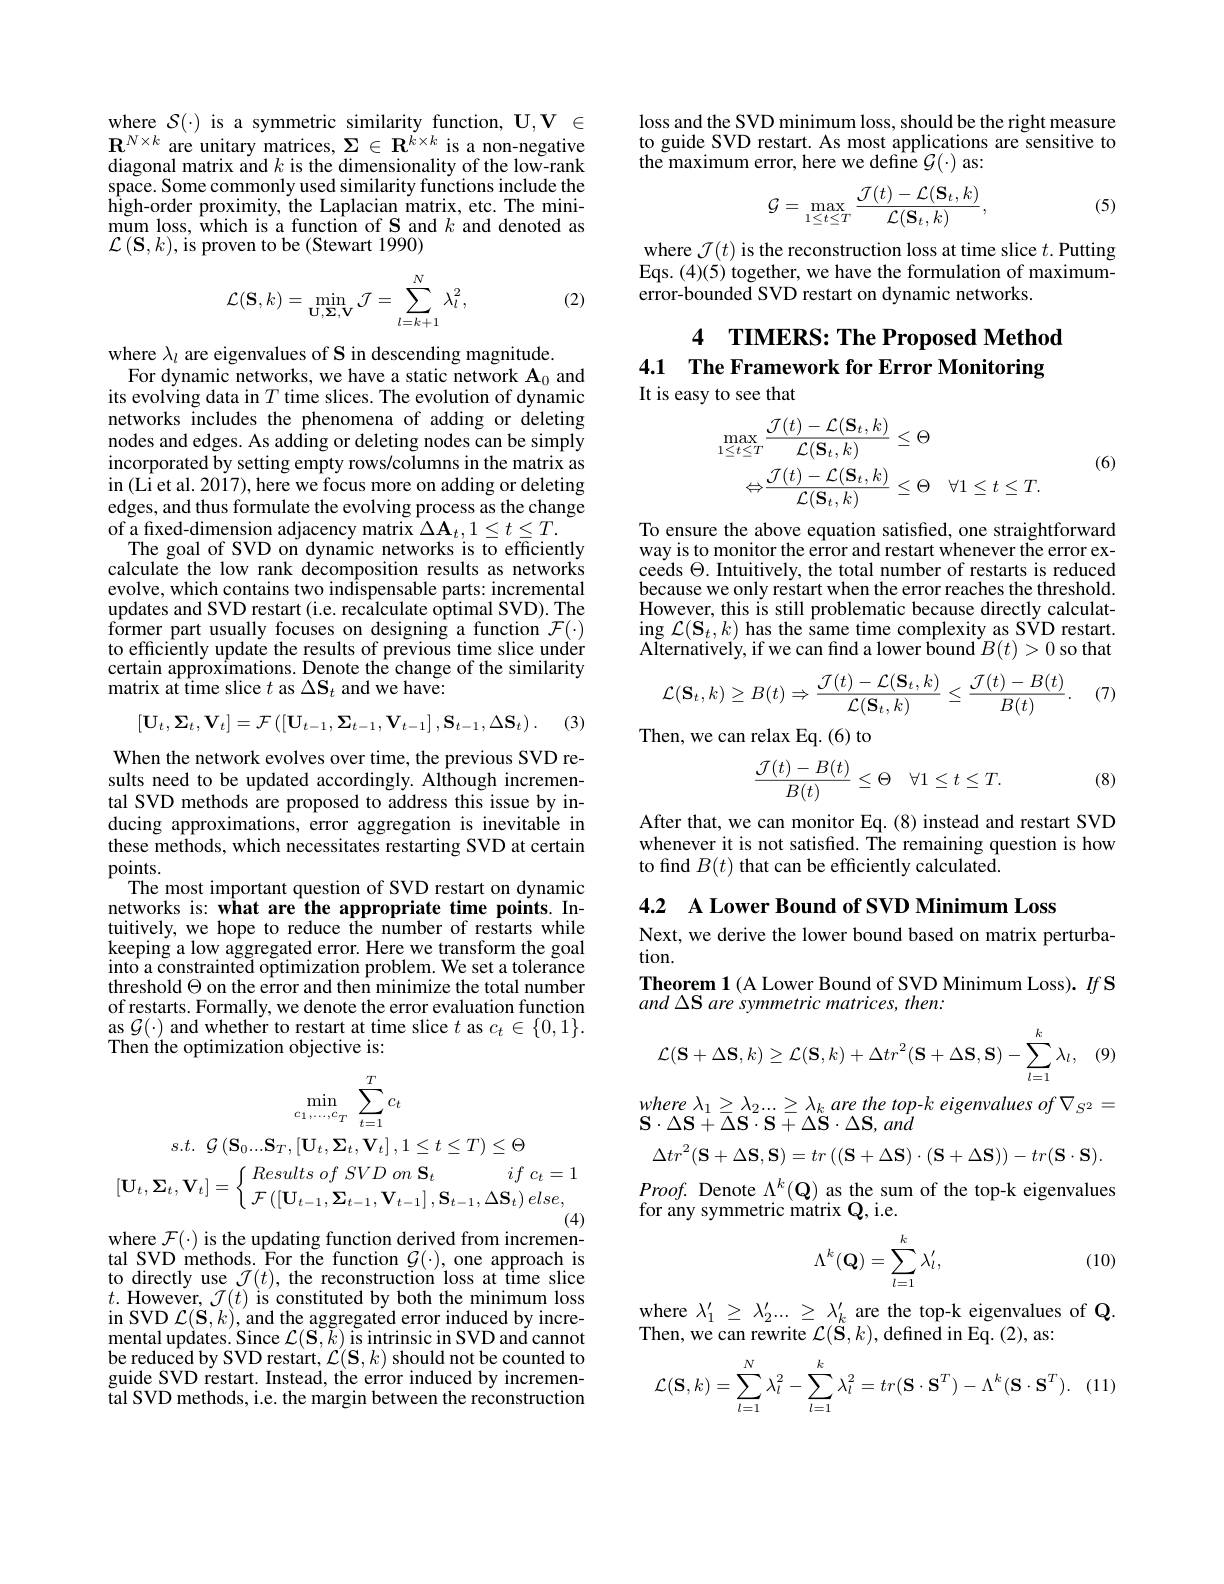
where $\mathcal{S}(\cdot)$ is a symmetric similarity function, $\mathbf{U},\mathbf{V}\in$ $\mathbf{R}^{N\times k}$ are unitary matrices, $\Sigma\in\mathbf{R}^{\dot{k}\times k}$ is a non-negative diagonal matrix and $k$ is the dimensionality of the low-rank space. Some commonly used similarity functions include the high-order proximity, the Laplacian matrix, etc. The minimum loss, which is a function of S and $k$ and denoted as $\mathcal{L}\left(\mathbf{S},k\right)$,is proven to be (Stewart 1990)
$$\mathcal{L}(\mathbf{S},k)=\min_{\mathbf{U},\mathbf{\Sigma},\mathbf{V}}\mathcal{J}=\sum_{l=k+1}^{N}\lambda_{l}^{2},$$
(2)

where $\lambda_l$ are eigenvalues of S in descending magnitude.
For dynamic networks, we have a static network $\mathbf{A}_0$ and its evolving data in $T$ time slices. The evolution of dynamic networks includes the phenomena of adding or deleting nodes and edges. As adding or deleting nodes can be simply incorporated by setting empty rows/columns in the matrix as in (Li et al. 2017), here we focus more on adding or deleting edges, and thus formulate the evolving process as the change of a fixed-dimension adjacency matrix $\Delta\mathbf{A}_t,1\leq t\leq T.$
The goal of SVD on dynamic networks is to efficiently calculate the low rank decomposition results as networks evolve, which contains two indispensable parts: incremental updates and SVD restart (i.e. recalculate optimal SVD). The former part usually focuses on designing a function $\mathcal{F}(\cdot)$ to efficiently update the results of previous time slice under certain approximations. Denote thé change of the similarity matrix at time slice $t$ as $\Delta\mathbf{S}_t$ and we have:
$$[\mathbf{U}_{t},\mathbf{\Sigma}_{t},\mathbf{V}_{t}]=\mathcal{F}\left(\left[\mathbf{U}_{t-1},\mathbf{\Sigma}_{t-1},\mathbf{V}_{t-1}\right],\mathbf{S}_{t-1},\Delta\mathbf{S}_{t}\right).$$
(3)

When the network evolves over time, the previous SVD results need to be updated accordingly. Although incremental SVD methods are proposed to address this issue by inducing approximations,error aggregation is inevitable in these methods, which necessitates restarting SVD at certain points.
The most important question of SVD restart on dynamic networks is: what are the appropriate time points. Intuitively, we hope to reduce the number of restarts while keeping a low aggregated error. Here we transform the goal into a constrainted optimization problem. We set a tolerance threshold $\Theta$ on the error and then minimize the total number of restarts. Formally, we denote the error evaluation function as $\mathcal{G}(\cdot)$ and whether to restart at time slice $t$ as $c_t\in\{0,1\}.$ Then the optimization objective is:
$$\left.\operatorname*{min}_{c_{1},\ldots,c_{T}}\sum_{t=1}^{T}c_{t}\\s.t.\:\mathcal{G}\left(\mathbf{S}_{0}....\mathbf{S}_{T},\left[\mathbf{U}_{t},\mathbf{\Sigma}_{t},\mathbf{V}_{t}\right],1\leq t\leq T\right)\leq\Theta\\[\mathbf{U}_{t},\mathbf{\Sigma}_{t},\mathbf{V}_{t}]=\left\{\begin{array}{ll}Results\:of\:SVD\:on\:\mathbf{S}_{t}&if\:c_{t}=1\\\mathcal{F}\left(\left[\mathbf{U}_{t-1},\mathbf{\Sigma}_{t-1},\mathbf{V}_{t-1}\right],\mathbf{S}_{t-1},\Delta\mathbf{S}_{t}\right)else,\end{array}\right.\right.\\(4)$$
where $\mathcal{F}(\cdot)$ is the updating function derived from incremen-

tal SVD methods. $\hat{\mathrm{For~the~function~}} \mathcal{G} ( \cdot ) $, one approach is to directly use $\mathcal{J}(t)$, the reconstruction loss at time slice $t.$ However, $\mathcal{J}(t)$ is constituted by both the minimum loss in SVD $\mathcal{L}(\mathbf{S},k)$,and the aggregated error induced by incremental updates. Since $\mathcal{L}(\mathbf{S},\tilde{k})$ is intrinsic in SVD and cannot be reduced by SVD restart, $\mathcal{L}(\mathbf{S},k)$ should not be counted to guide SVD restart. Instead, the error induced by incremen- $\tilde{\text{tal SVD methods, i.e. the margin between the reconstruction}}$

loss and the SVD minimum loss, should be the right measure to guide SVD restart. As most applications are sensitive to the maximum error, here we define $\mathcal{G}(\cdot)$ as:
$$\mathcal{G}=\max_{1\leq t\leq T}\frac{\mathcal{J}(t)-\mathcal{L}(\mathbf{S}_{t},k)}{\mathcal{L}(\mathbf{S}_{t},k)},$$
(5)

where $\mathcal{J}(t)$ is the reconstruction loss at time slice $t.$ Putting Eqs. (4)(5) together, we have the formulation of maximumerror-bounded SVD restart on dynamic networks.

# 4 TIMERS: The Proposed Method 4.1 The Framework for Error Monitoring It is easy to see that
$$\begin{aligned}\max_{1\leq t\leq T}\frac{\mathcal{J}(t)-\mathcal{L}(\mathbf{S}_{t},k)}{\mathcal{L}(\mathbf{S}_{t},k)}&\leq\Theta\\\Leftrightarrow&\frac{\mathcal{J}(t)-\mathcal{L}(\mathbf{S}_{t},k)}{\mathcal{L}(\mathbf{S}_{t},k)}\leq\Theta\quad\forall1\leq t\leq T.\end{aligned}$$
(6)

To ensure the above equation satisfied, one straightforward way is to monitor the error and restart whenever the error exceeds $\Theta.$ Intuitively, the total number of restarts is reduced because we only restart when the error reaches the threshold. However, this is still problematic because directly calculat- $\operatorname{ing}\mathcal{L}(\mathbf{S}_{t},k)$ has the same time complexity as SVD restart. Alternatively, if we can find a lower bound $B(t)>0$ so that

(7)
$$\mathcal{L}(\mathbf{S}_t,k)\geq B(t)\Rightarrow\frac{\mathcal{J}(t)-\mathcal{L}(\mathbf{S}_t,k)}{\mathcal{L}(\mathbf{S}_t,k)}\leq\frac{\mathcal{J}(t)-B(t)}{B(t)}.$$
Then, we can relax Eq.(6) to

(8)
$$\frac{\mathcal{J}(t)-B(t)}{B(t)}\leq\Theta\quad\forall1\leq t\leq T.$$
After that, we can monitor Eq.(8) instead and restart SVD whenever it is not satisfied. The remaining question is how to find $B(t)$ that can be efficiently calculated.

4.2 A Lower Bound of SVD Minimum Loss
Next, we derive the lower bound based on matrix perturba-
tion.

Theorem 1(A Lower Bound of SVD Minimum Loss). $If\textbf{S}$
and ΔS are symmetric matrices, then:

(9)
$$\mathcal{L}(\mathbf{S}+\Delta\mathbf{S},k)\geq\mathcal{L}(\mathbf{S},k)+\Delta tr^2(\mathbf{S}+\Delta\mathbf{S},\mathbf{S})-\sum_{l=1}^k\lambda_l,$$
where $\lambda _{1}\geq \lambda _{2}. . . \geq \lambda _{k}$ are the $top- k$ eigenvalues $of\nabla _{S^{2}}=$
$\mathbf{S}\cdot\Delta\mathbf{S}+\Delta\mathbf{S}\cdot\mathbf{S}+\Delta\mathbf{S}\cdot\Delta\mathbf{S},an\dot{d}$
$$\Delta tr^{2}(\mathbf{S}+\Delta\mathbf{S},\mathbf{S})=tr\left((\mathbf{S}+\Delta\mathbf{S})\cdot(\mathbf{S}+\Delta\mathbf{S})\right)-tr(\mathbf{S}\cdot\mathbf{S})$$
$Proof.$ Denote $\Lambda^k(\mathbf{Q})$ as the sum of the top-k eigenvalues
for any symmetric matrix Q, i.e.
$$\Lambda^k(\mathbf{Q})=\sum_{l=1}^k\lambda_l',$$
(10)

$\begin{array}{l}\mathrm{where~}\lambda_{1}^{\prime}\geq\:\lambda_{2}^{\prime}...\geq\:\lambda_{k}^{\prime}\text{ are the top-k eigenvalues of Q}\\\mathrm{Then,~we~can~rewrite~}\mathcal{L}(\mathbf{S},k),\mathrm{defined~in~Eq.~(2),~as:}\end{array}$
$$\mathcal{L}(\mathbf{S},k)=\sum_{l=1}^N\lambda_l^2-\sum_{l=1}^k\lambda_l^2=tr(\mathbf{S}\cdot\mathbf{S}^T)-\Lambda^k(\mathbf{S}\cdot\mathbf{S}^T).$$